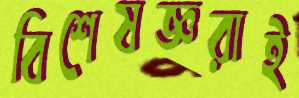
বিশেষজ্ঞরাই